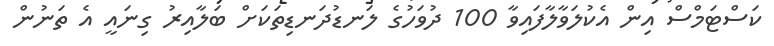
ކަސްޓަމްސް އިން އެކުލަވާލާފައިވާ 100 ދުވަހުގެ ލަނޑުދަނޑިތަކަށް ބަލާއިރު ގިނައީ އެ ތަނުން